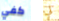
كفي لي